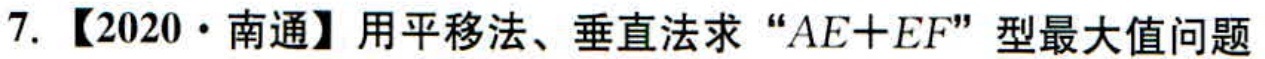
7. 【2020·南通】用平移法、垂直法求 “\(AE + EF\)” 型最大值问题